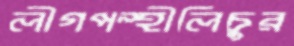
লীগপন্থীলিচুর